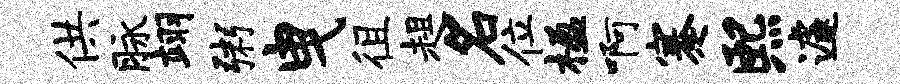
供脉翊粥曳徂趄名位楹啊蹇熙遽